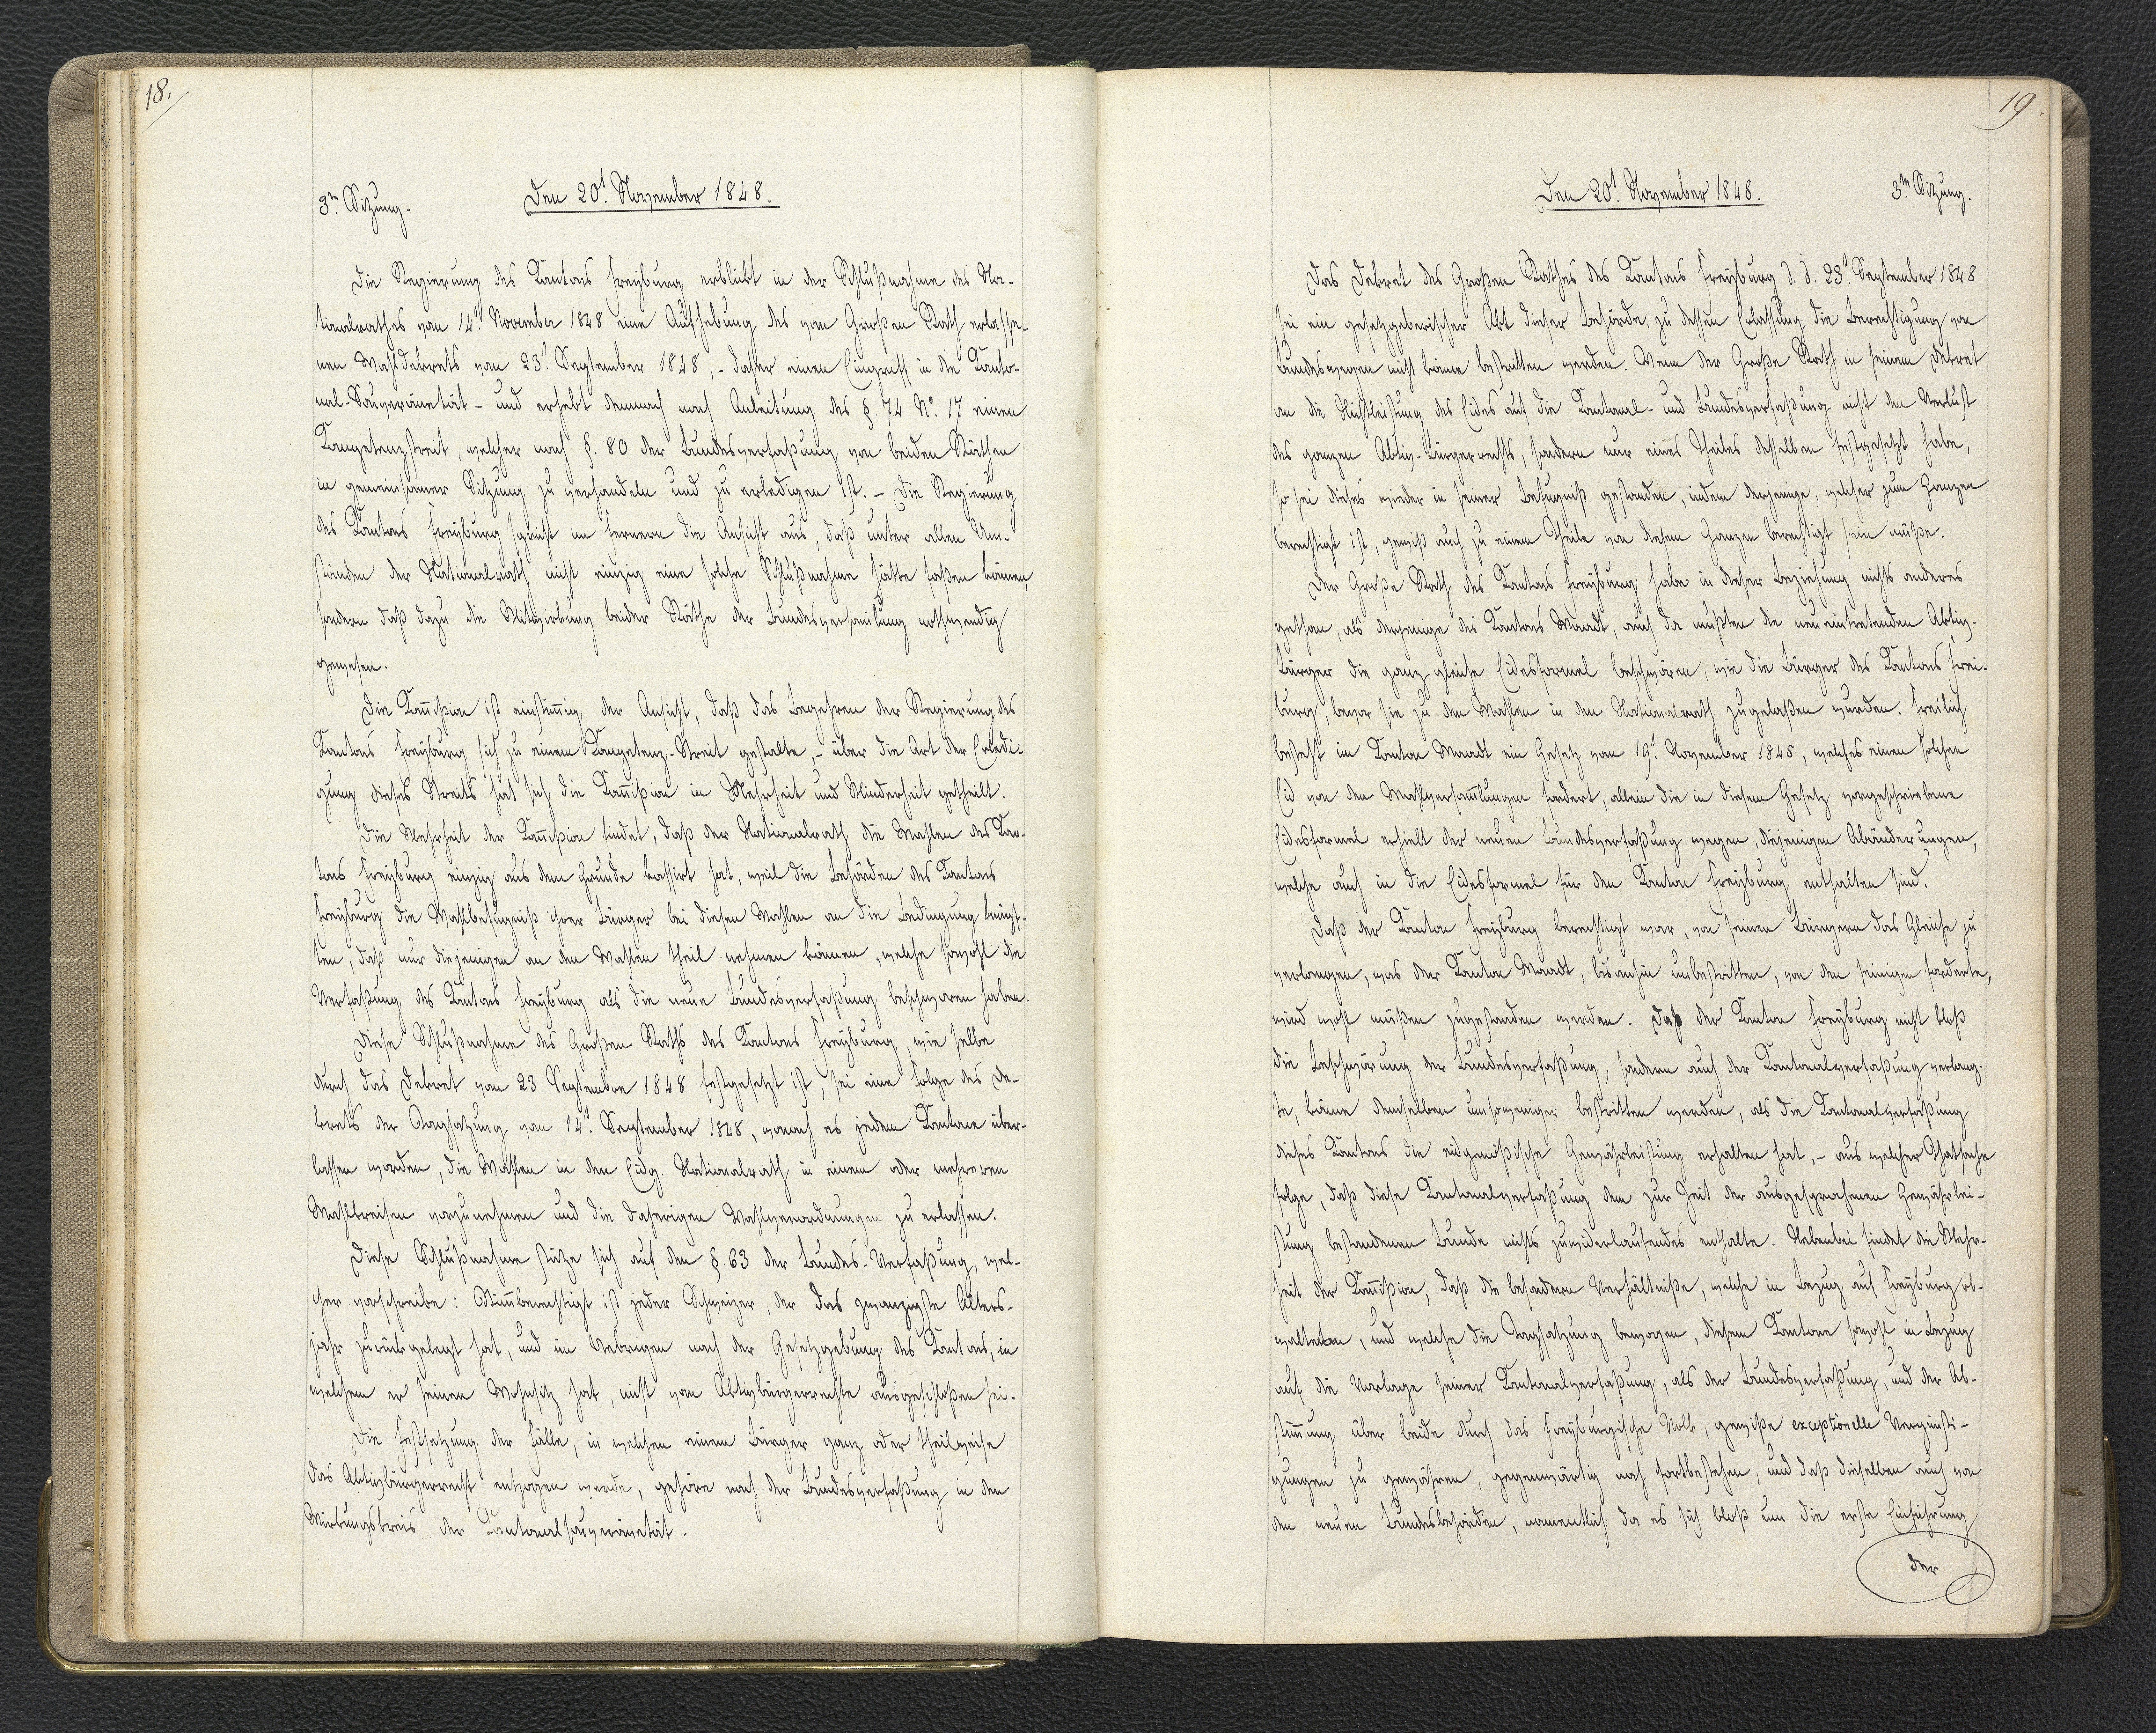
18.

3.te Sitzung.
Den 20.t November 1848.

Die Regierung des Kantons Freyburg erblickt in der Schlußnahme des Na¬
tionalrathes vom 14.t November 1848 eine Aufhebung des vom Großen Rath erlasse¬
nen Wahldekrets vom 23.t September 1848, - daher einen Eingriff in die Kanto¬
nal-Souveränität - und erhebt demnach nach Anleitung des §. 74 N°. 17 einen
Kompetenzstreit, welcher nach §. 80 der Bundesverfassung von beiden Räthen
in gemeinsamer Sitzung zu verhandeln und zu erledigen ist. - Die Regierung
des Kantons Freyburg spricht im fernern die Ansicht aus, daß unter allen Um¬
ständen der Nationalrath nicht einzig eine solche Schlußnahme hätte faßen können,
sondern daß dazu die Mitwirkung beider Räthe der Bundesversammlung nothwendig
gewesen.
Die Kommißion ist einstimmig der Ansicht, daß das Begehren der Regierung des
Kantons Freyburg sich zu einem Kompetenz-Streit gestalte, - über die Art der Erledi¬
gung dieses Streits hat sich die Kommißion in Mehrheit und Minderheit getheilt.
Die Mehrheit der Kommißion findet, daß der Nationalrath die Wahlen des Kan¬
tons Freyburg einzig aus dem Grunde kassirt hat, weil die Behörden des Kantons
Freyburg die Wahlbefugniß ihrer Bürger bei diesen Wahlen an die Bedingung knüpf¬
ten, daß nur diejenigen an den Wahlen theil nehmen können, welche sowohl die
Verfaßung des Kantons Freyburg als die neue Bundesverfaßung beschworen haben.
Diese Schlußnahme des Großen Raths des Kantons Freyburg, wie selbe
durch das Dekret vom 23 September 1848 festgesetzt ist, sei eine Folge des De
krets der Tagsatzung, vom 14.t September 1848, wonach es jedem Kantone über¬
lassen worden, die Wahlen in den Eidg. Nationalrath in einem oder mehreren
Wahlkreisen vorzunehmen und die daherigen Wahlverordnungen zu erlassen.
Diese Schlußnahme stütze sich auf den §. 63 der Bundes-Verfaßung, wel¬
cher vorschreibe: Stimmberechtigt ist jeder Schweizer, der das zwanzigste Alters¬
jahr zurückgelegt hat, und im Uebrigen nach der Gesetzgebung des Kantons, in
welchem er seinem Wohnsitz hat, nicht vom Aktivbürgerrechte ausgeschlossen sei.
Die Festsetzung der Fälle, in welchem einem Bürger ganz oder theilweise
das Aktivbürgerrecht entzogen werde, gehöre nach der Bundesverfaßung in den
Wirkungskreis der Kantonalsouveränetät.

19.

Den 20.t November 1848.
3.te Sitzung.

Das Dekret des Großen Rathes des Kantons Freyburg d. d. 23.t September 1848
sei ein gesetzgeberischer Akt dieser Behörde, zu dessen Erlassung, die Berechtigung von
Bundeswegen nicht könne bestritten werden. Wenn der Große Rath in seinem Dekret
an die Nichtleistung des Eides auf die Kantonal- und Bundesverfaßung nicht den Verlust
des ganzen Aktiv-Bürgerrechts, sondern nur eines Theiles desselben festgesetzt habe,
so sei dieses wieder in seiner Befugniß gestanden, indem derjenige, welcher zum Ganzen
berechtigt ist, gewiß auch zu einem Theile von diesem Ganzen berechtigt sein müßn.
Der Große Rath des Kantons Freyburg habe in dieser Beziehung nichts anderes
gethan, als derjenige des Kantons Waadt, auch da mußten die neu eintretenden Aktiv-
Bürger die ganz gleiche Eidesformel beschwören, wie die Bürger des Kantons Frei¬
burg, bevor sie zu den Wahlen in den Nationalrath zugelaßen wurden. Freilich
besteht im Kanton Waadt ein Gesetz vom 19.t November 1845, welches einen solchen
Eid von den Wahlversammlungen fordert, allein die in diesem Gesetz vorgeschriebene
Eidesformel erhielt der neuen Bundesverfaßung wegen, diejenigen Abänderungen,
welche auch in die Eidesformel für den Kanton Freyburg enthalten sind.
Daß der Kanton Freyburg berechtigt war, von seinen Bürgern das Gleiche zu
verlangen, was der Kanton Waadt, bis anhin unbestritten, von den seinigen forderte,
wird wohl müßen zugestanden werden. Daß der Kanton Freyburg nicht bloß
die Beschwörung der Bundesverfaßung, sondern auch der Kantonalverfaßung verlang¬
te, könne demselben umsoweniger bestritten werden, als die Kantonalverfaßung
dieses Kantons die eidgenößische Gewährleistung erhalten hat, - aus welcher Thatsache
folge, daß diese Kantonalverfaßung dem zur Zeit der ausgesprochenen Gewährlei¬
stung bestandenen Bunde nichts zuwiderlaufendes enthalte. Nebenbei findet die Mehr¬
heit der Kommißion, daß die besondern Verhältniße, welche in Bezug auf Freyburg ob¬
walteten, und welche die Tagsatzung bewogen, diesem Kanton sowohl in Bezug
auf die Vorlage seiner Kantonalverfaßung, als der Bundesverfaßung, und der Ab¬
stimmung über beide durch das Freyburgische Volk, gewiße exceptionelle Vergünsti¬
gungen zu gewähren, gegenwärtig noch fortbestehen, und daß dieselben auch von
den neuen Bundesbehörden, namentlich da es sich bloß um die erste Einführung
der